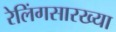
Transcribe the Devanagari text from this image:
रेलिंगसारख्या